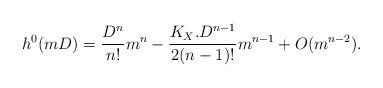
LaTeX: \begin{align*}h^0(mD)=\frac{D^n}{n!}m^n-\frac{K_X.D^{n-1}}{2(n-1)!}m^{n-1}+O(m^{n-2}).\end{align*}